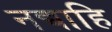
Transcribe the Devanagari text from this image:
नद्याहि